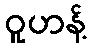
ဝူဟန့်